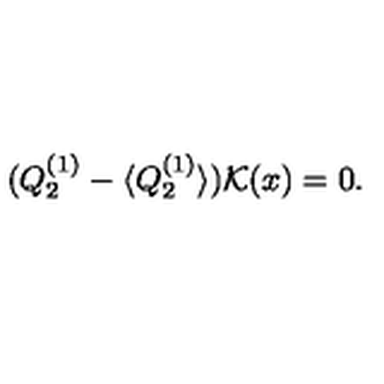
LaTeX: ( Q _ { 2 } ^ { ( 1 ) } - \langle Q _ { 2 } ^ { ( 1 ) } \rangle ) { \cal K } ( x ) = 0 .